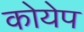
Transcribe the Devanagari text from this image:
कोयेप